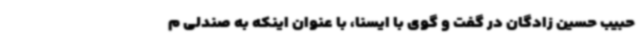
حبیب حسین زادگان در گفت و گوی با ایسنا، با عنوان اینکه به صندلی م